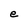
Character: e